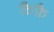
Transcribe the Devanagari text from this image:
कैफ़ै